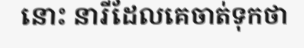
នោះ នារីដែលគេចាត់ទុកថា